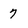
Character: 7